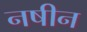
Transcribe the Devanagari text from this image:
नषीन